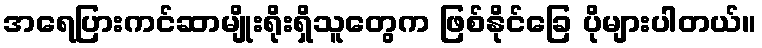
အရေပြားကင်ဆာမျိုးရိုးရှိသူတွေက ဖြစ်နိုင်ခြေ ပိုများပါတယ်။